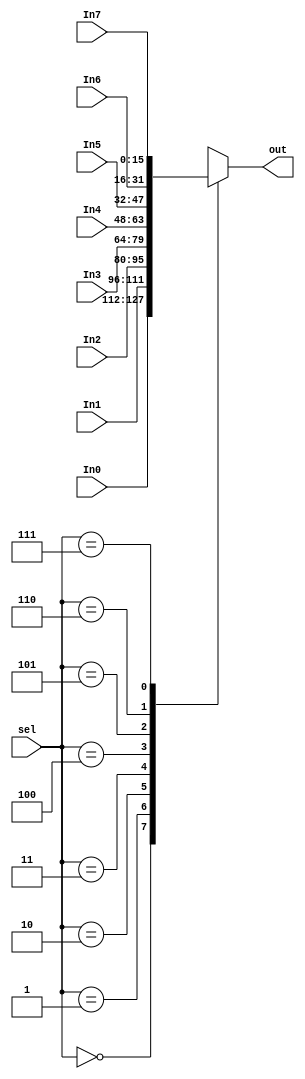
module mux_8to1 (In0, In1, In2, In3, In4, In5, In6, In7, sel, out);
	
	input [15:0] In0, In1, In2, In3, In4, In5, In6, In7;
	input [2:0] sel;
	output reg [15:0] out;
	
	always@(In0, In1, In2, In3, In4, In5, In6, In7, sel)
	begin
		case (sel)
			3'b000: out <= In0;
			3'b001: out <= In1;
			3'b010: out <= In2;
			3'b011: out <= In3;
			3'b100: out <= In4;
			3'b101: out <= In5;
			3'b110: out <= In6;
			3'b111: out <= In7;
			default: out <= 16'h0000;
		endcase
	end 
	
endmodule